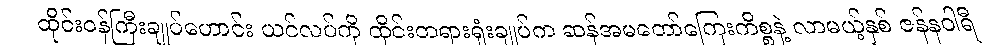
ထိုင်းဝန်ကြီးချုပ်ဟောင်း ယင်လပ်ကို ထိုင်းတရားရုံးချုပ်က ဆန်အမတော်ကြေးကိစ္စနဲ့ လာမယ့်နှစ် ဇန်နဝါရီ